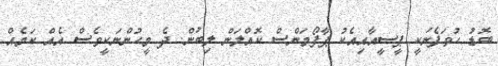
ބޮޑު ހުވަފެނަކީ ޕީސީއާއިއެކު ޕާފޯމަންސް ކޮއްލަން ލިބުން. ދެ މީހުންނަކީވެސް އެއް ކަމެއް